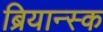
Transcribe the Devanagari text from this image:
ब्रियान्स्क